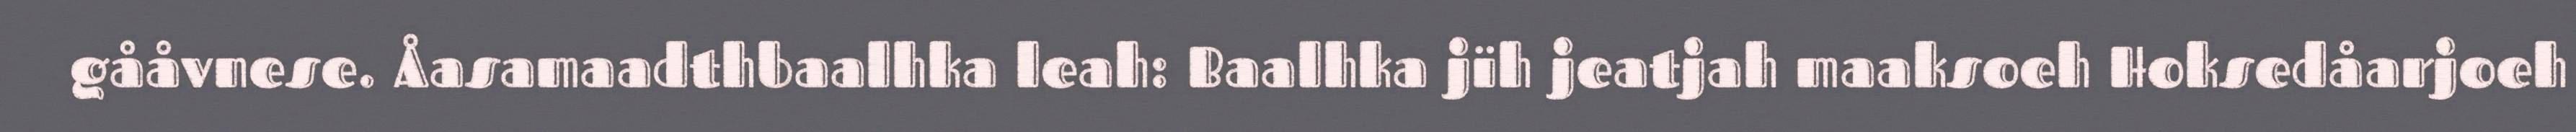
gååvnese. Åasamaadthbaalhka leah: Baalhka jïh jeatjah maaksoeh Hoksedåarjoeh